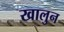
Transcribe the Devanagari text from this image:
खालुन